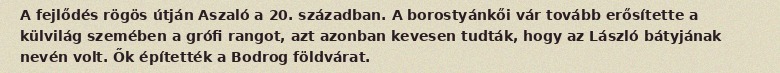
A fejlődés rögös útján Aszaló a 20. században. A borostyánkői vár tovább erősítette a külvilág szemében a grófi rangot, azt azonban kevesen tudták, hogy az László bátyjának nevén volt. Ők építették a Bodrog földvárat.